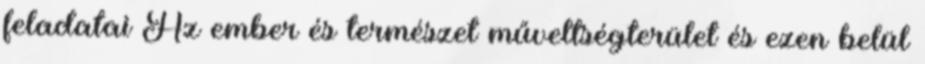
feladatai Az ember és természet műveltségterület és ezen belül